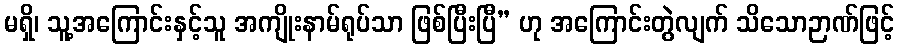
မရှိ၊ သူ့အကြောင်းနှင့်သူ အကျိုးနာမ်ရုပ်သာ ဖြစ်ပြီးပြီ” ဟု အကြောင်းတွဲလျက် သိသောဉာဏ်ဖြင့်